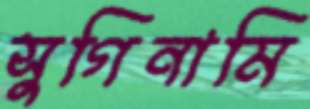
সুগিনামি